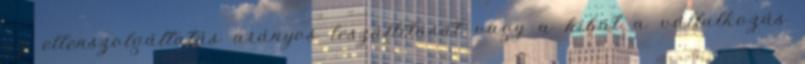
az ellenszolgáltatás arányos leszállítását vagy a hibát a vállalkozás